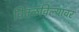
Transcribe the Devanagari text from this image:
वितळविल्यावर